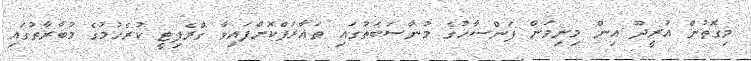
މިގޮތުން އުރީދޫ އިން މިނިވަން ފަންސާހުގެ މުނާސަބަތުގައި ތަޢާރަފްކޮށްފައިވާ ގްރެފިޓީ ކުރެހުމުގެ މުބާރާތުގައި